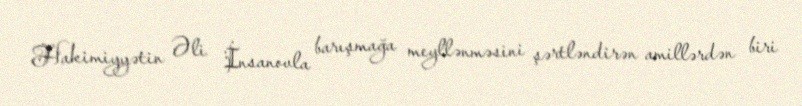
Hakimiyyətin Əli İnsanovla barışmağa meyllənməsini şərtləndirən amillərdən biri